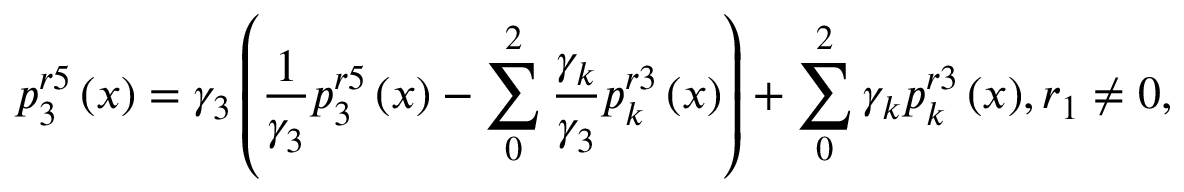
p _ { 3 } ^ { r 5 } \left( x \right) = { { \gamma } _ { 3 } } \left( \frac { 1 } { { { \gamma } _ { 3 } } } p _ { 3 } ^ { r 5 } \left( x \right) - \sum _ { 0 } ^ { 2 } { \frac { { { \gamma } _ { k } } } { { { \gamma } _ { 3 } } } p _ { k } ^ { r 3 } \left( x \right) } \right) + \sum _ { 0 } ^ { 2 } { { { \gamma } _ { k } } p _ { k } ^ { r 3 } \left( x \right) } , { { r } _ { 1 } } \ne 0 ,